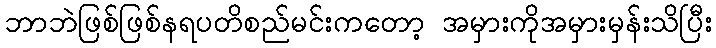
ဘာဘဲဖြစ်ဖြစ်နရပတိစည်မင်းကတော့ အမှားကိုအမှားမှန်းသိပြီး